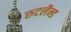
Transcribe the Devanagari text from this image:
रुटलैन्ड